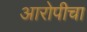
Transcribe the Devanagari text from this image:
आरोपीचा